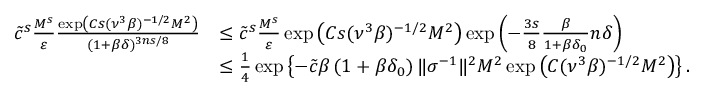
\begin{array} { r l } { \tilde { c } ^ { s } \frac { M ^ { s } } { \varepsilon } \frac { \exp \left( C s ( \nu ^ { 3 } \beta ) ^ { - 1 / 2 } M ^ { 2 } \right) } { ( 1 + \beta \delta ) ^ { 3 n s / 8 } } } & { \leq \tilde { c } ^ { s } \frac { M ^ { s } } { \varepsilon } \exp \left( C s ( \nu ^ { 3 } \beta ) ^ { - 1 / 2 } M ^ { 2 } \right) \exp \left( - \frac { 3 s } { 8 } \frac { \beta } { 1 + \beta \delta _ { 0 } } n \delta \right) } \\ & { \leq \frac { 1 } { 4 } \exp \left\{ - \tilde { c } \beta \left( 1 + \beta \delta _ { 0 } \right) \| \sigma ^ { - 1 } \| ^ { 2 } M ^ { 2 } \exp \left( C ( \nu ^ { 3 } \beta ) ^ { - 1 / 2 } M ^ { 2 } \right) \right\} . } \end{array}